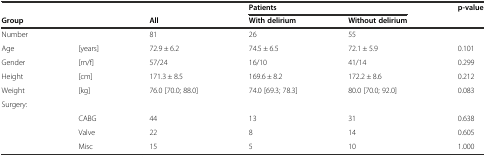
|  |  |  | <COLSPAN=2> Patients | p-value |
 | Group |  | All | With delirium | Without delirium |  |
 | --- | --- | --- | --- | --- | --- |
 | Number |  | 81 | 26 | 55 |  |
 | Age | [years] | 72.9 ± 6.2 | 74.5 ± 6.5 | 72.1 ± 5.9 | 0.101 |
 | Gender | [m/f] | 57/24 | 16/10 | 41/14 | 0.299 |
 | Height | [cm] | 171.3 ± 8.5 | 169.6 ± 8.2 | 172.2 ± 8.6 | 0.212 |
 | Weight | [kg] | 76.0 [70.0; 88.0] | 74.0 [69.3; 78.3] | 80.0 [70.0; 92.0] | 0.083 |
 | Surgery: |  |  |  |  |  |
 |  | CABG | 44 | 13 | 31 | 0.638 |
 |  | Valve | 22 | 8 | 14 | 0.605 |
 |  | Misc | 15 | 5 | 10 | 1.000 |